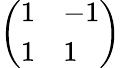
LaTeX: \left(\begin{array}{ll}{1}&{-1}\\ {1}&{1}\end{array}\right)